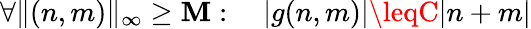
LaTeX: \forall\| (n,m)\| _{\infty}\geq\mathbf{M}:\quad|g(n,m)|\leqC|n+m|